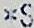
*S